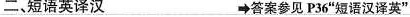
二、短语英译汉 答案参见 P36"短语汉译英"